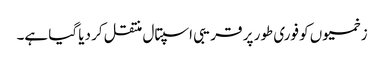
زخمیوں کو فوری طور پر قریبی اسپتال منتقل کر دیا گیا ہے۔